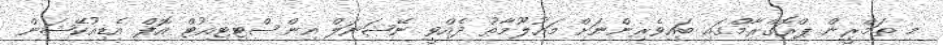
މި ތަމްރީން ޕްރޮގްރާމްގައި ބައިވެރިންނަށް މައުލޫމާތު ދެއްވީ ނޭޝަނަލް އިންސްޓިޓިއުޓް އޮފް އެޑިއުކޭޝަން